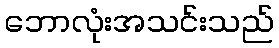
ဘောလုံးအသင်းသည်